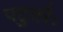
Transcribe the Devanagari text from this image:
पटुतरैः